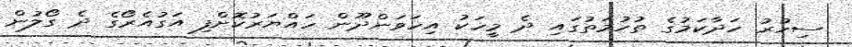
ސިހުރު ހަދާކަމުގެ ތުހުމަތުގައި ދެ މީހަކު އިހަވަންދޫން ހައްޔަރުކޮށްފި އަގުއެރޯގެ ދެ ގޯލުން